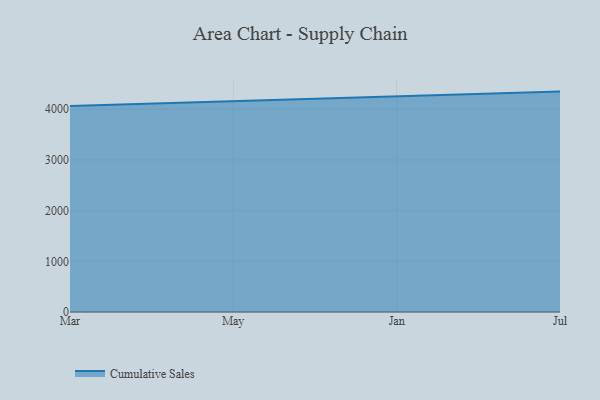
{"axis": {"x": "Month", "y": "Population (Million)"}, "legend": ["Cumulative Sales"], "data": [{"x": "Mar", "y": 4063.0, "type": "Cumulative Sales"}, {"x": "May", "y": 4155.8, "type": "Cumulative Sales"}, {"x": "Jan", "y": 4242.1, "type": "Cumulative Sales"}, {"x": "Jul", "y": 4348.1, "type": "Cumulative Sales"}]}